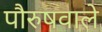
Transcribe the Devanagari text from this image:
पौरुषवाले